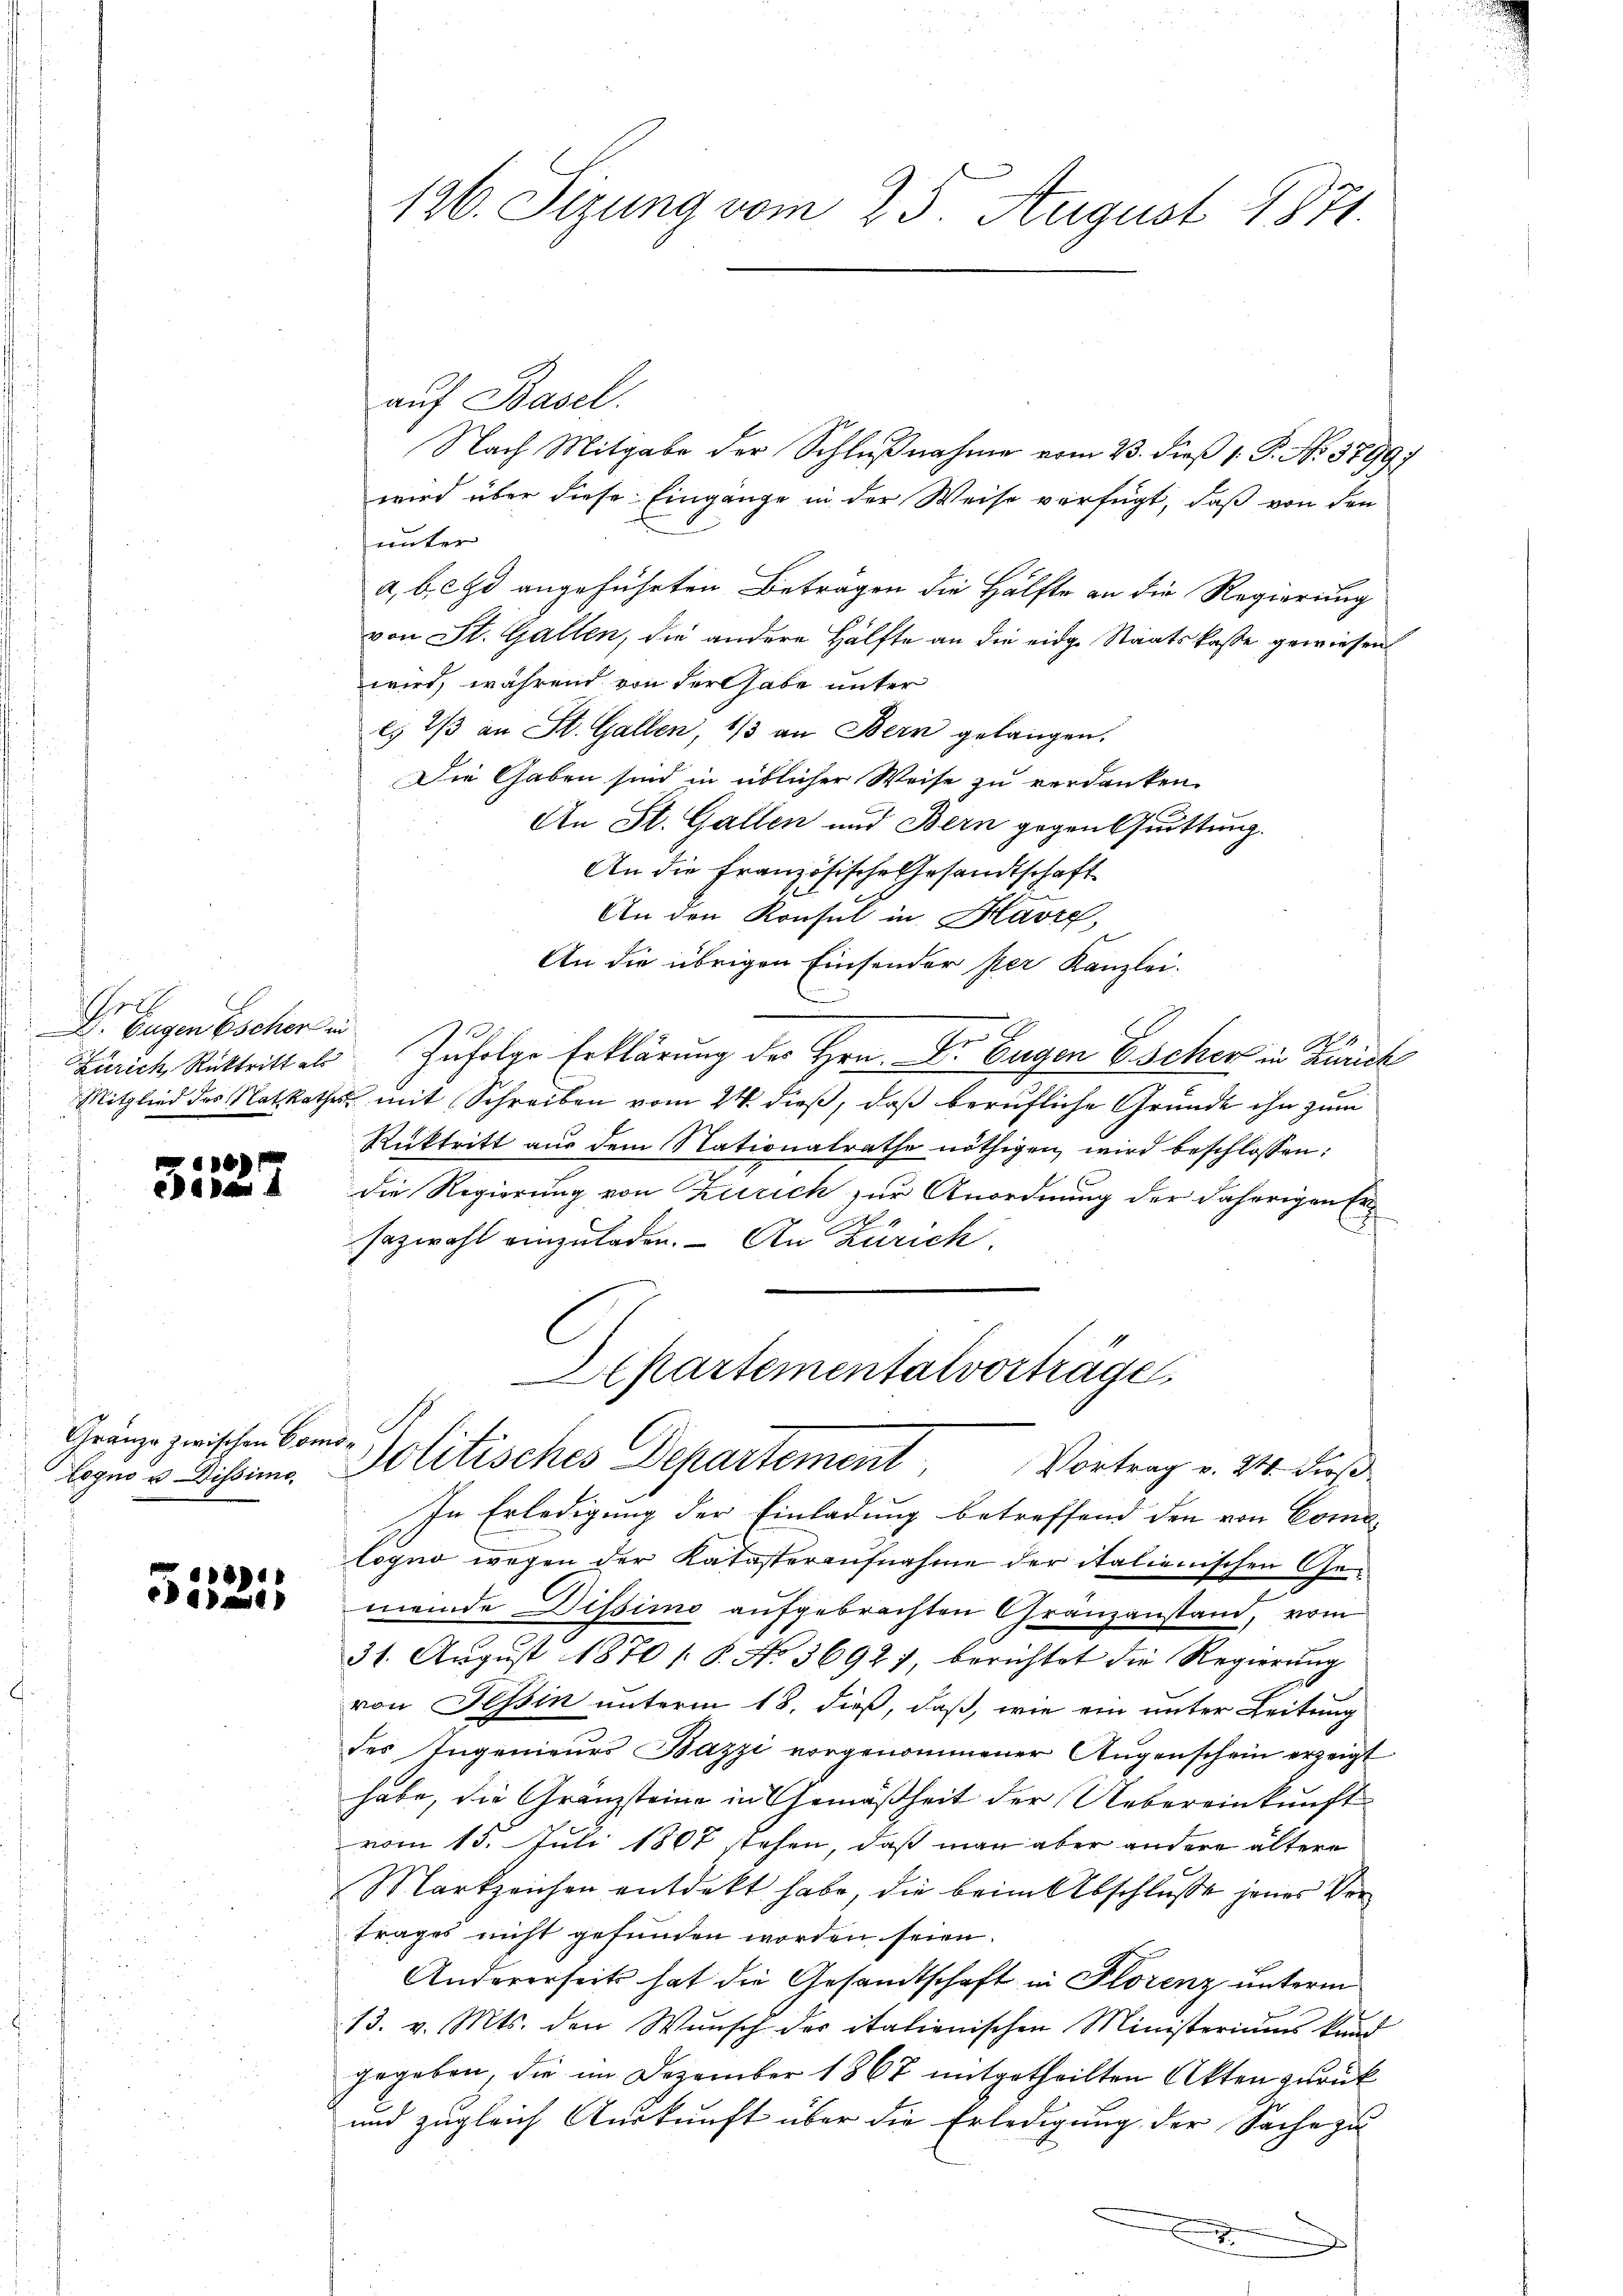
hell
 Eugen Escher in
Zürich, Rücktritt als

e
eladen 4

Gränze zwischen Como
Legno u. Dissimo

t
ea

126. Sizung vom 25. August 1871.

auf Basel.
Nach Mitgabe der Schlußnahme vom 23. dieß 1. P. No 3799.
wird über diese Eingänge in der Weise verfügt, daß von den
unter
a, b. ed angeführten Beträgen die Hälfte an die Regierung
von St. Gallen, die andere Hälfte an die eidge Staatskasse gewiesen
wird, während von der habe unter
c) 2/3 an St. Gallen, 1/3 an Bern gelangen.
Die Gaben sind in üblicher Weise zu verdanken.
An St. Gallen und Bern gegentuittung.
An die Französische Gesandtschaft
An den Konsul in Havre,
An die übrigen Einsender per Kanzlei-
Zufolge Erklärung der Hrn. Dr. Eugen Escher in Zürich
Mitglied des Natkathes mit Schreiben vom 24. dieβ, daβ berufliche Grunde ihn zum
Rücktritt aus dem Nationalrathe nöthigen wird beschlossen:
die Regierung von Zürich zur Anordnung der daherigen Ersazwahl einzuladen. - An Zürich.
partementalvorträge,
Politisches Departement. Vortrag v. 241. Dies
In Erledigung der Einladung betreffend den von Coma-
logno wegen der Katasteraufnahme der italienischen Gemeinde Dissimo aufgebrachten Gränzanstand, vom
31. August 1870 / B. No 3692), berichtet die Regierŭng
von Tessin unterm 18. dieß, daß, wie ein unter Leitung
des Ingenieurs Bazzi vorgenommener Augenschein erzeigt
habe, die Gränzsteine in Gemäßheit der Uebereinkunft
vom 13. Juli 1867 stehen, daß man aber andere ältere
Markzeichen entdekt habe, die beim Abschluße jenes Vortrages nicht gefunden worden seien.
Andererseits hat die Gesandtschaft in Florenz unterm
13. v. Mts. den Wunsch des italienischen Ministeriums kund
gegeben, die im Dezember 1867 mitgetheilten Akten zurück
und zugleich Auskunft über die Erledigung der Sache zu
n

t